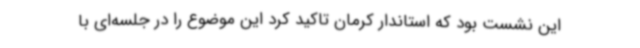
این نشست بود که استاندار کرمان تاکید کرد این موضوع را در جلسه‌ای با